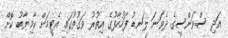
އަދި ސްވަންސީގެ ދެވަނަ ލަނޑު ފަހުހާފުގެ އިތުރު ވަގުތުގައި އެޓީމަށް ކާމިޔާބު ކޮށް